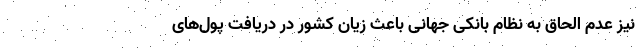
نیز عدم الحاق به نظام بانکی جهانی باعث زیان کشور در دریافت پول‌های